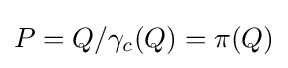
P=Q/\gamma _{c}(Q)=\pi (Q)